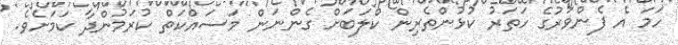
ހަމަ އެ ފެންވަރުގެ ހަތަރު ކުޅުންތެރިން ކްލަބަށް ގެންނަން މަސައްކަތް ކުރަމުންދާ ކަމަށެވެ.